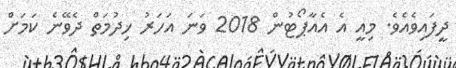
ދީފައިވެއެވެ. މިއީ އެ އެއާޕޯޓުން 2018 ވަނަ އަހަރު ޚިދުމަތް ދެވޭނެ ކަމަށް